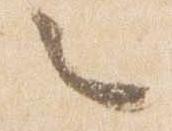
々